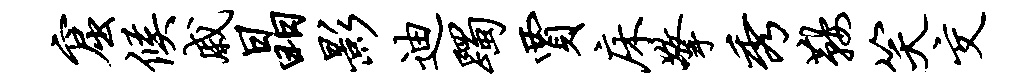
窟候戚晶影迪躅贾床擎秀鞍笑交